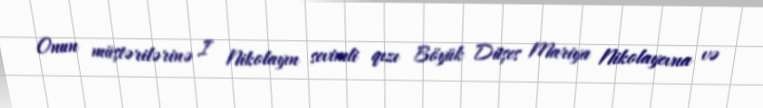
Onun müştərilərinə I Nikolayın sevimli qızı Böyük Düşes Mariya Nikolayevna və